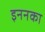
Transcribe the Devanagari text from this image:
इननका